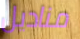
مناديل